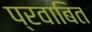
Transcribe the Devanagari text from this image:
प्रवाबित